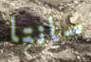
سانتا